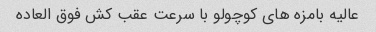
عالیه بامزه های کوچولو با سرعت عقب کش فوق العاده